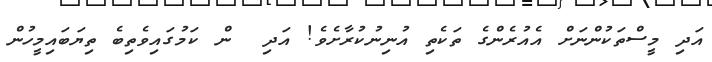
އަދި މީސްތަކުންނަށް އެއުރެންގެ ތަކެތި އުނިނުކުރާށެވެ! އަދި  ން ކަމުގައިވެތިބެ ތިޔަބައިމީހުން